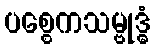
ပစ္စေကသမ္ဗုဒ္ဓံ